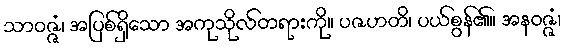
သာဝဇ္ဇံ၊ အပြစ်ရှိသော အကုသိုလ်တရားကို။ ပဇဟတိ၊ ပယ်စွန်၏။ အနဝဇ္ဇံ၊